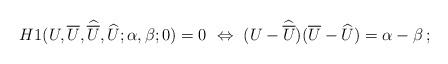
\begin{align*} H1(U,\overline{U},\widehat{\overline{U}},\widehat{U};\alpha,\beta;0)=0 ~\Leftrightarrow~ (U-\widehat{\overline{U}})(\overline{U}-\widehat{U})=\alpha-\beta\,;\end{align*}